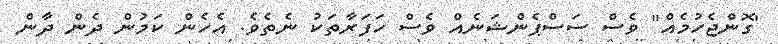
'ގޮންޖެހުމެއް" ވެސް ސަސްޕެންޝަނެއް ވެސް ހަފަރާތަކު ނެތެވެ. އެހެން ކަމުން ދެން ދާން